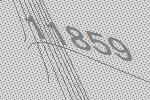
11859